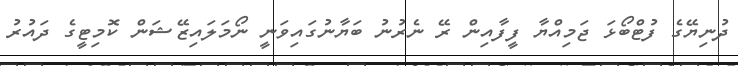
ދުނިޔޭގެ ފުޓްބޯޅަ ޖަމިއްޔާ ފީފާއިން ރޭ ނެރުނު ބަޔާނުގައިވަނީ ނޯމަލައިޒޭޝަން ކޮމިޓީގެ ދައުރު